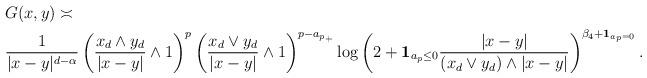
LaTeX: \begin{align*}&G(x, y) \asymp \\ & \frac{1}{|x-y|^{d-\alpha}}\left( \frac{ x_d \wedge y_d}{|x-y|} \wedge 1 \right)^p\left(\frac{ x_d \vee y_d}{|x-y|}\wedge 1\right)^{p-{a_p}_+} \log\left(2+{\bf 1}_{a_p\le 0}\frac{|x-y|}{(x_d \vee y_d)\wedge |x-y|}\right)^{ \beta_4 +{\bf 1}_{a_p= 0}}.\end{align*}